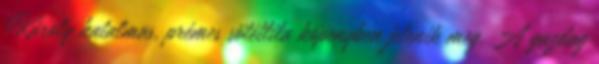
Károly hatalmas, prémes sötétlila köpenyben jelenik meg. A gazdag